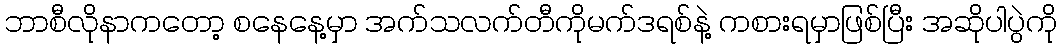
ဘာစီလိုနာကတော့ စနေနေ့မှာ အက်သလက်တီကိုမက်ဒရစ်နဲ့ ကစားရမှာဖြစ်ပြီး အဆိုပါပွဲကို